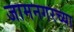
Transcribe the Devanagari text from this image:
जामनगरच्या